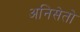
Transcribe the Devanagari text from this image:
अनिसेतो